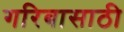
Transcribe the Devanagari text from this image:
गरिबासाठी